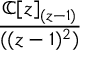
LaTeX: \frac { \mathbb { C } [ z ] _ { ( z - 1 ) } } { ( ( z - 1 ) ^ { 2 } ) }